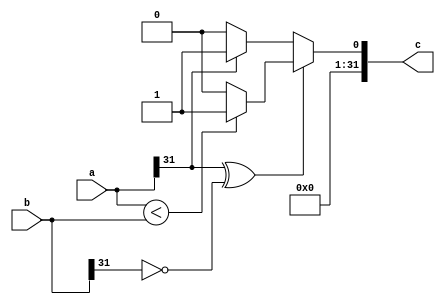
module SLT(
        input [31:0]a,b,
        output reg[31:0]c
    );
    always@(*)
        if ((a[31]^b[31]==0))
            c=a<b?32'b1:32'b0;
        else
            c=a[31]==1?32'b1:32'b0;
endmodule